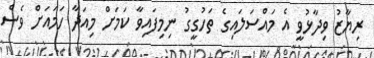
ރިޔާޒު ވިދާޅުވީ އެ މައްސަލައިގެ ތަހުގީގު ނިމިފައިވާ ކަމަށް މިއަދާ ހަމައަށް ވެސް